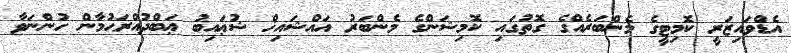
އެޑްވައިޒަރީ ކޮމިޓީގެ މެންބަރެއްގެ ގޮތުގައި ކޮމިޝަންގެ މެންބަރު އައްޝައިޚް ޝުޢައިބު ޢަބްދުއްރަޙުމާން ހުންނަވާ